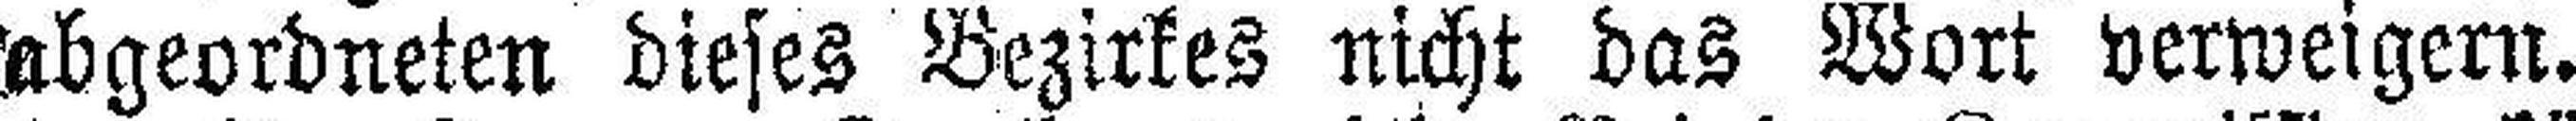
abgeordneten dieses Bezirkes nicht das Wort verweigern.